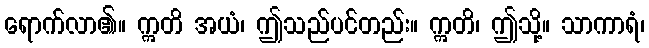
ရောက်လာ၏။ ဣတိ အယံ၊ ဤသည်ပင်တည်း။ ဣတိ၊ ဤသို့။ သာကာရံ၊